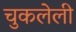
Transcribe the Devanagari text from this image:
चुकलेली